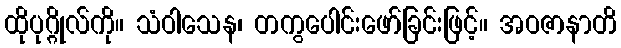
ထိုပုဂ္ဂိုလ်ကို။ သံဝါသေန၊ တကွပေါင်းဖော်ခြင်းဖြင့်။ အဝဇာနာတိ